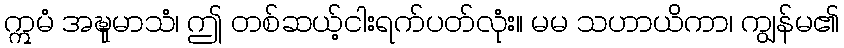
ဣမံ အဍ္ဎုမာသံ၊ ဤ တစ်ဆယ့်ငါးရက်ပတ်လုံး။ မမ သဟာယိကာ၊ ကျွန်မ၏